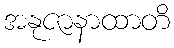
အနုဇာနာထာတိ